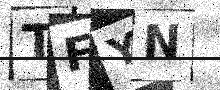
Text: TFYN